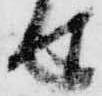
せ